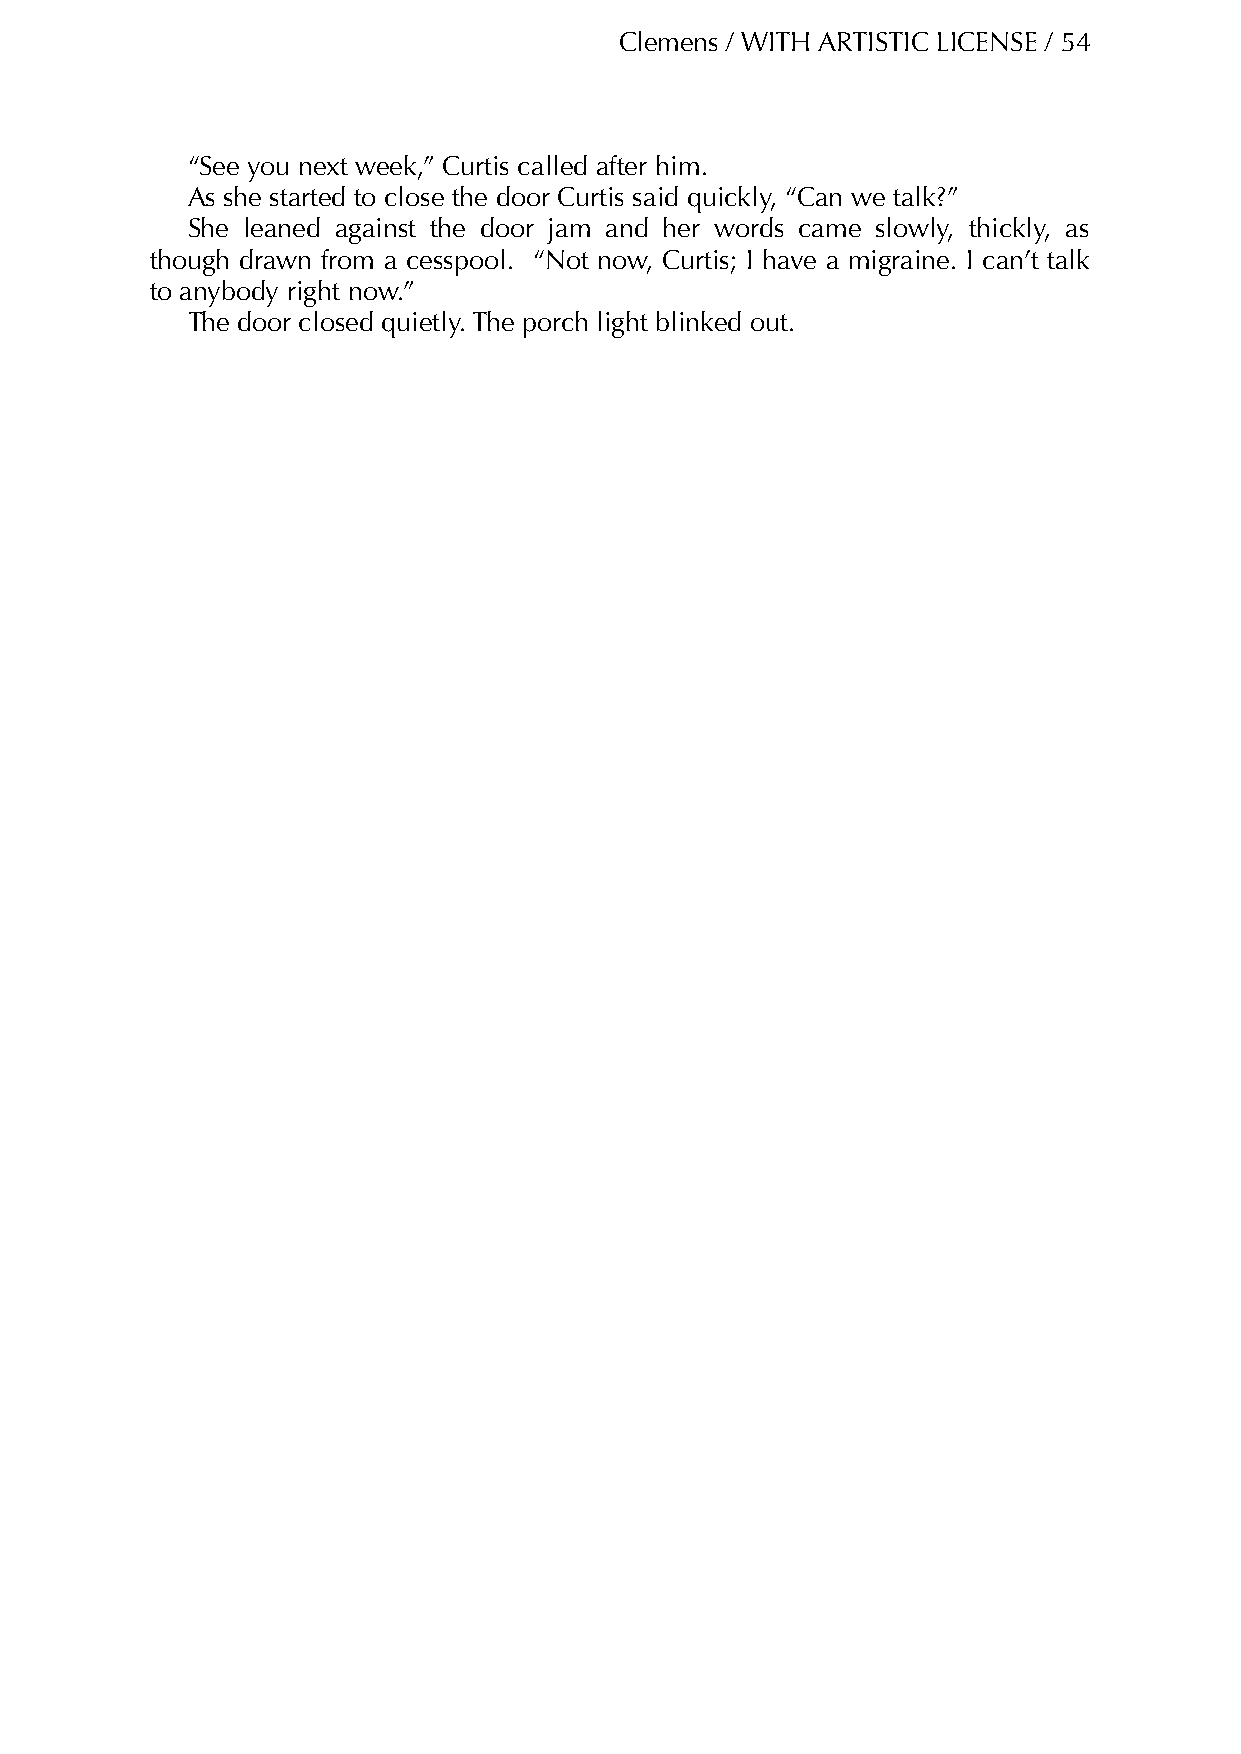
Clemens / WITH ARTISTIC LICENSE / 54
 “See you next week,” Curtis called after him.
 As she started to close the door Curtis said quickly, “Can we talk?”
 She leaned against the door jam and her words came slowly, thickly, as
 though drawn from a cesspool. “Not now, Curtis; I have a migraine. I can’t talk
 to anybody right now.”
 The door closed quietly. The porch light blinked out.